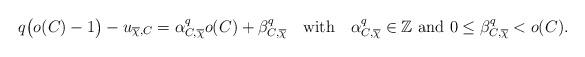
LaTeX: \begin{align*}q\big(o(C)-1\big)-u_{\overline{\chi},C}=\alpha_{C,\overline{\chi}}^{q}o(C)+\beta_{C,\overline{\chi}}^{q}\quad\mathrm{with}\quad\alpha_{C,\overline{\chi}}^{q}\in\mathbb{Z}\ \mathrm{and}\ 0\leq\beta_{C,\overline{\chi}}^{q}<o(C). \end{align*}